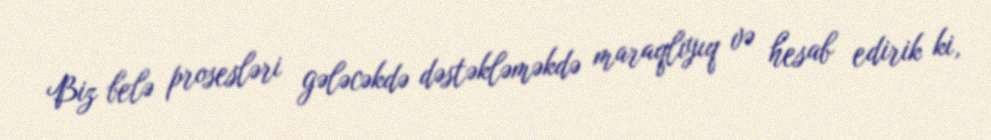
Biz belə prosesləri gələcəkdə dəstəkləməkdə maraqlıyıq və hesab edirik ki,